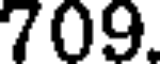
709.